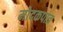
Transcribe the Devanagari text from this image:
मोदकपात्र